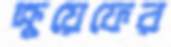
ক্রুয়েফের